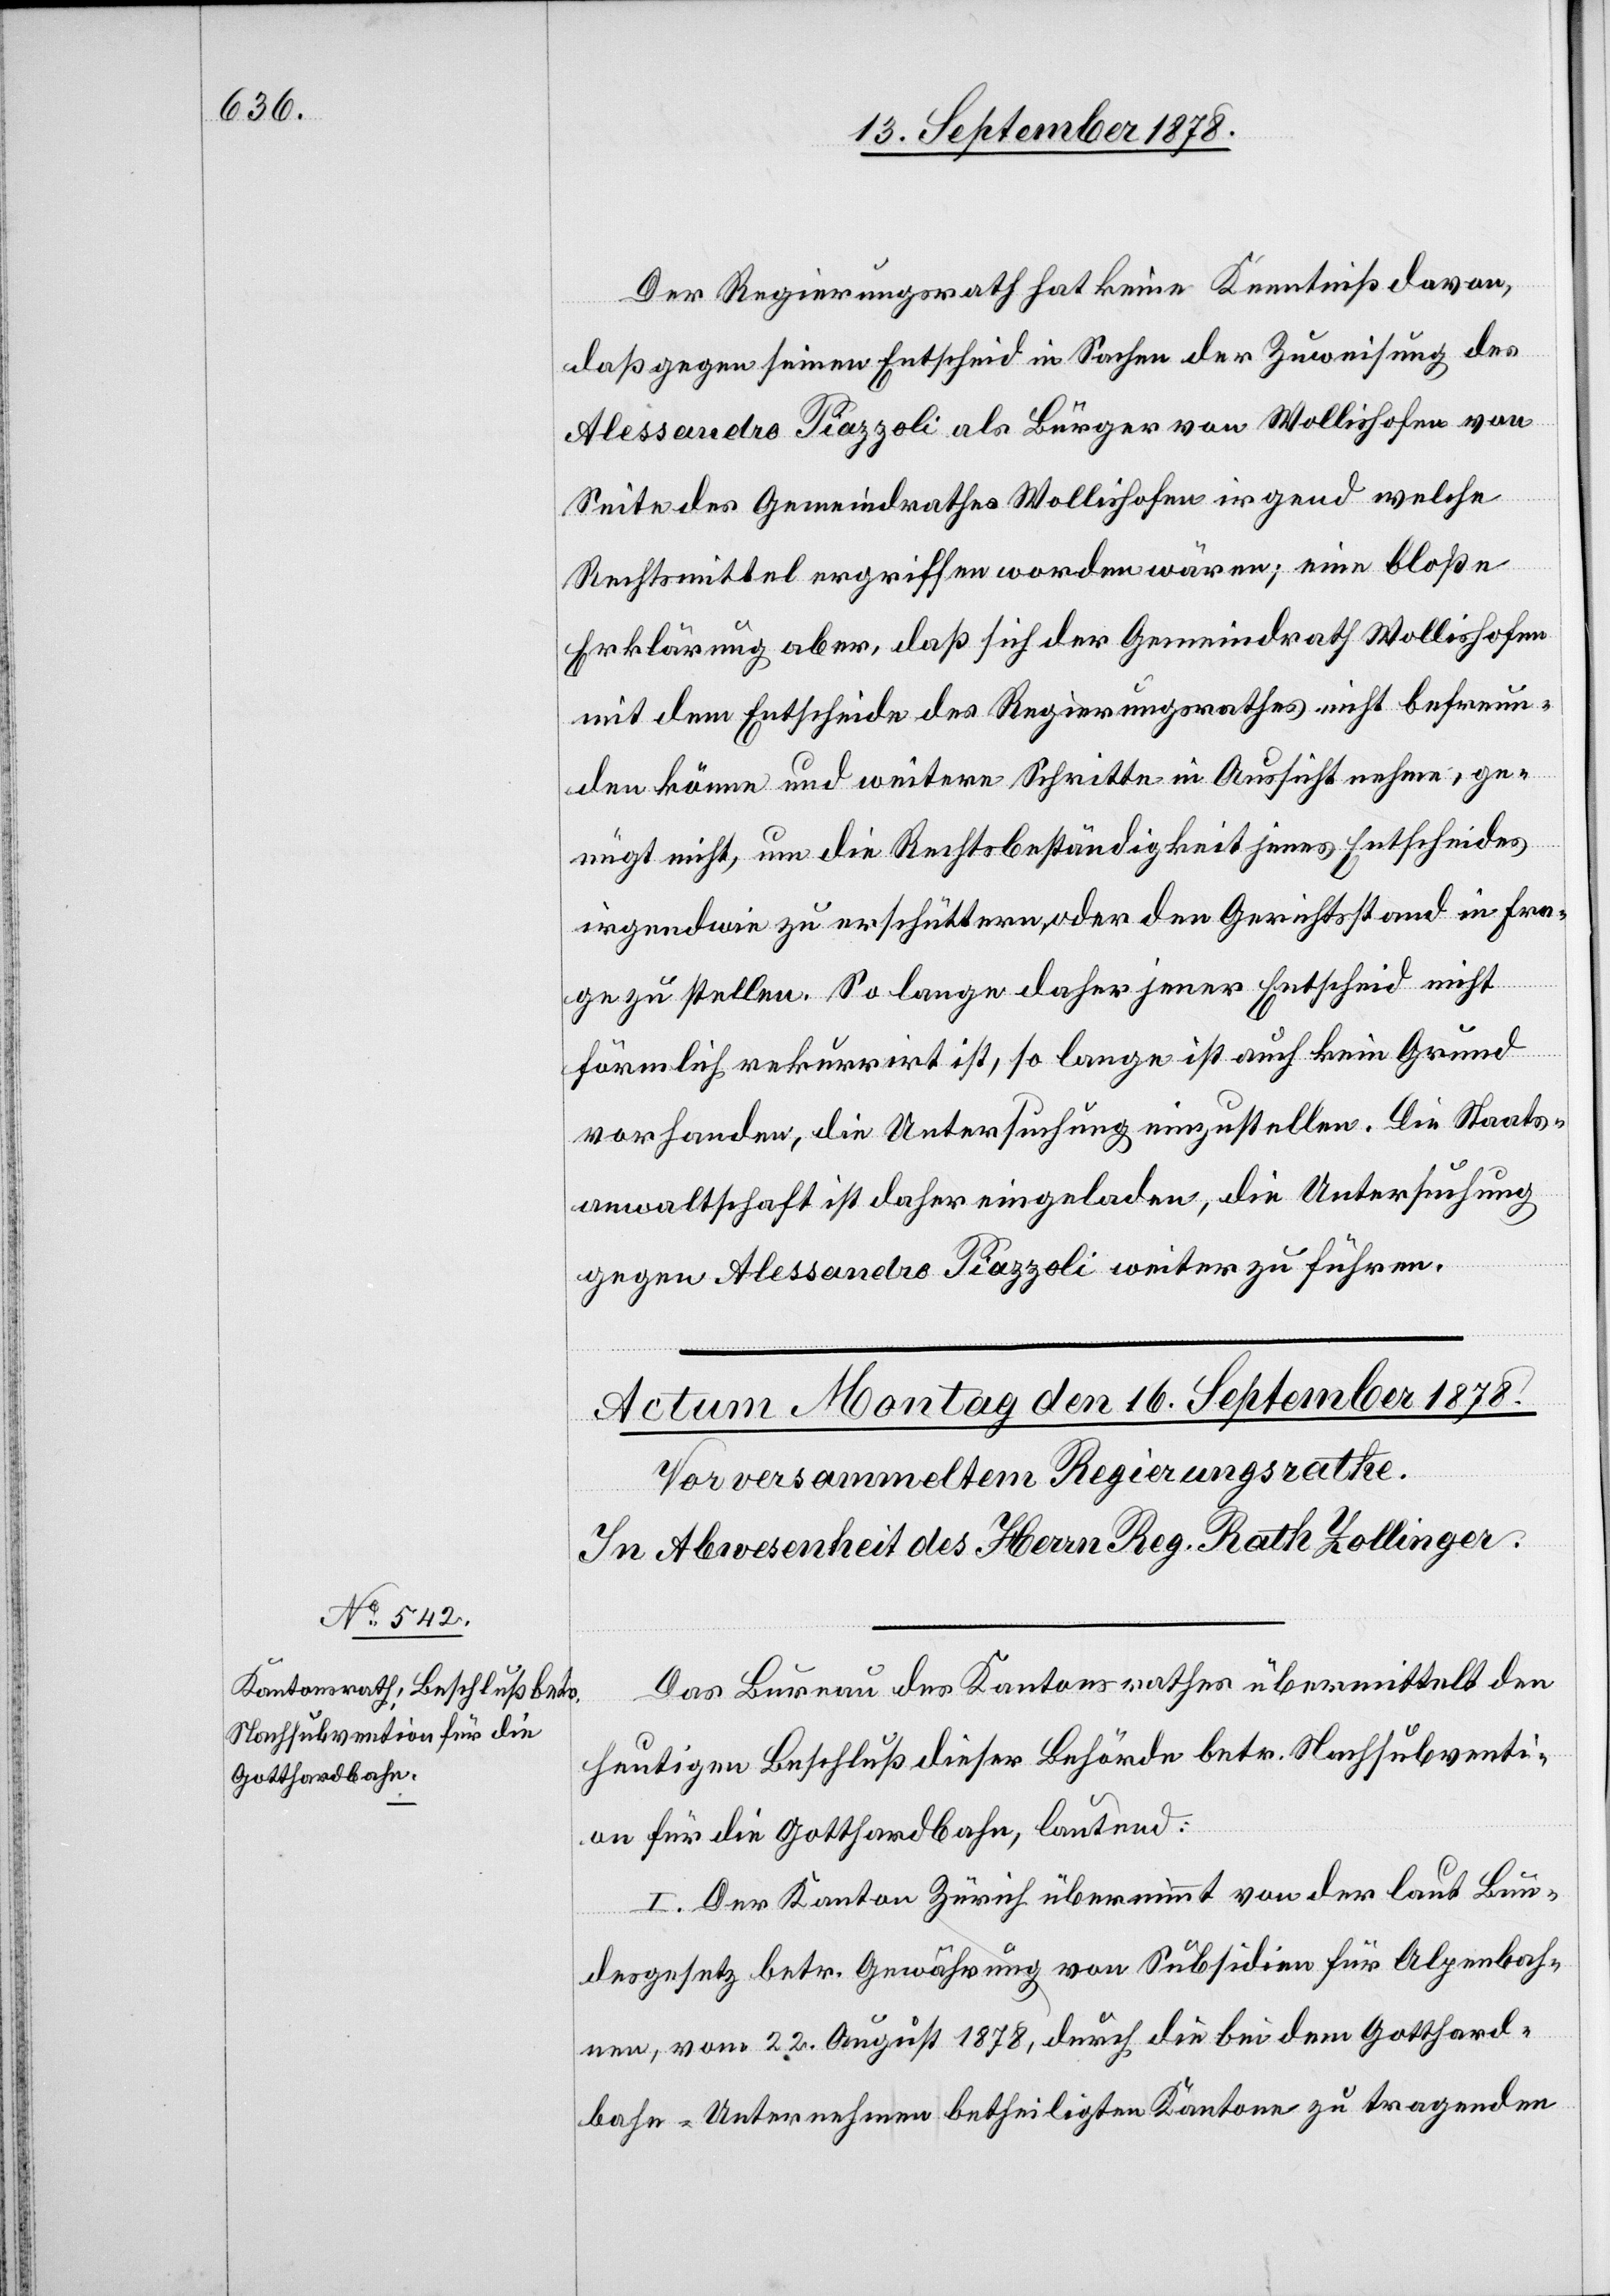
Der Regierungsrath hat keine Kenntniß davon,
daß gegen seinen Entscheid in Sachen der Zuweisung des
Alessandro Piazzoli als Bürger von Wollishofen von
Seite des Gemeindrathes Wollishofen irgend welche
Rechtmittel ergriffen worden wären; eine bloße
Erklärung aber, daß sich der Gemeindrath Wollishofen
mit dem Entscheide des Regierungsrathes nicht befreun¬
den könne und weitere Schritte in Aussicht nehme, ge¬
nügt nicht, um die Rechtsbeständigkeit jenes Entscheides
irgendwie zu erschüttern, oder den Gerichtsstand in Fra¬
ge zu stellen. So lange daher jener Entscheid nicht
förmlich rekurrirt ist, so lange ist auch kein Grund
vorhanden, die Untersuchung einzustellen. Die Staats¬
anwaltschaft ist daher eingeladen, die Untersuchung
gegen Alessandro Piazzoli weiter zu führen.
Das Bureau des Kantonsrathes übermittelt den
heutigen Beschluß dieser Behörde betr. Nachsubventi¬
on für die Gotthardbahn, lautend:
I. Der Kanton Zürich übernimmt von der laut Bun¬
desgesetz betr. Gewährung von Subsidien für Alpenbach¬
nen, vom 22. August 1878, durch die bei dem Gotthard¬
bahn-Unternehmen betheiligten Kantone zu tragenden